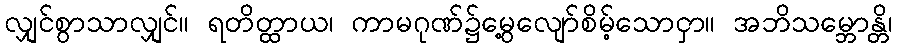
လျှင်စွာသာလျှင်။ ရတိတ္ထာယ၊ ကာမဂုဏ်၌မွေ့လျော်စိမ့်သောငှာ။ အဘိသမ္ဘောန္တိ၊